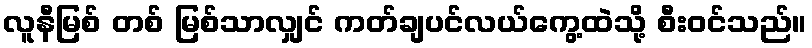
လူနီမြစ် တစ် မြစ်သာလျှင် ကတ်ချပင်လယ်ကွေ့ထဲသို့ စီးဝင်သည်။